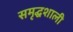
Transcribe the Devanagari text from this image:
समृद्घशाली